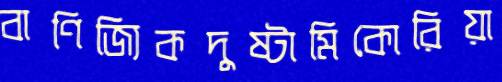
বাণিজ্যিকদুষ্টামিকোরিয়া